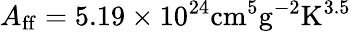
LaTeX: A_{\mathrm{ff}}=5.19\times 10^{24}\mathrm{cm^{5}g^{-2}K^{3.5}}